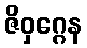
ဇိဝှဂ္ဂေန